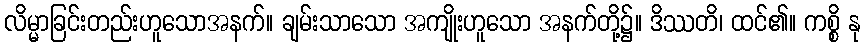
လိမ္မာခြင်းတည်းဟူသောအနက်။ ချမ်းသာသော အကျိုးဟူသော အနက်တို့၌။ ဒိဿတိ၊ ထင်၏။ ကစ္စိ နု